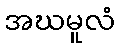
အဃမူလံ